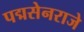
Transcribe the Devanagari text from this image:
पद्मसेनराजे